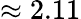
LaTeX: \approx 2.11